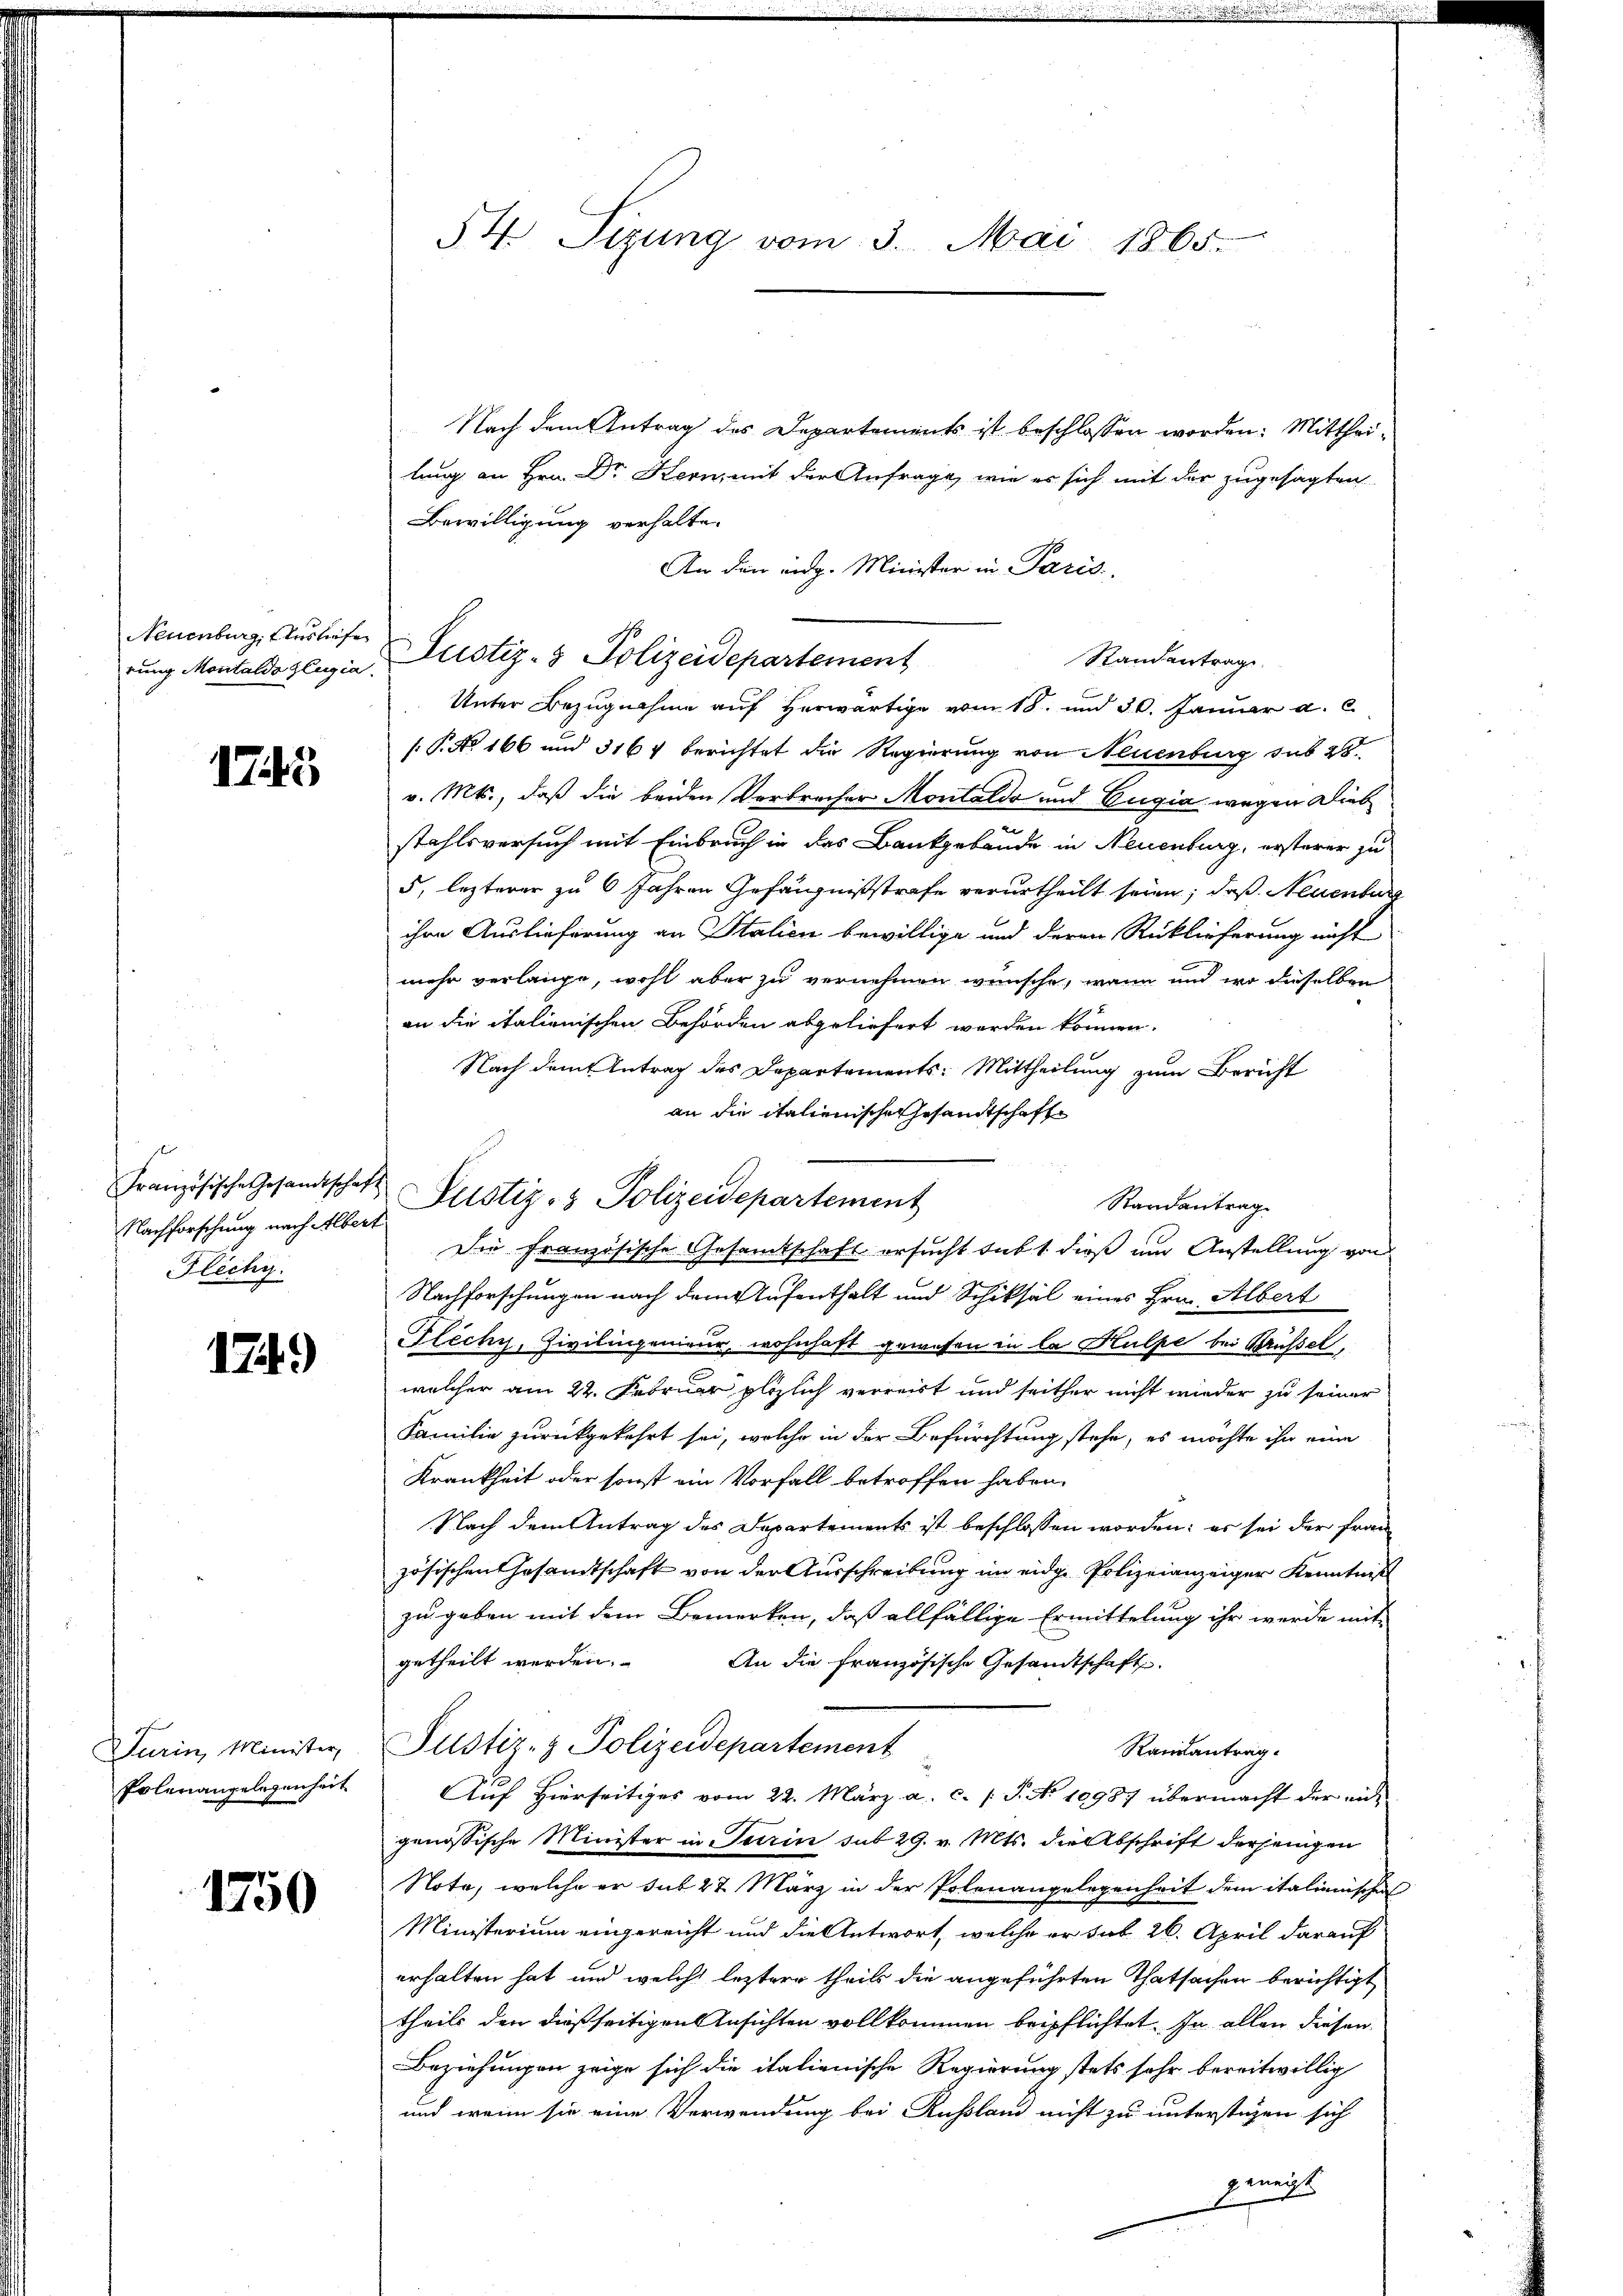
Neuenburg, Ausliefe

1745

Nachforschung nach Albert
Hichy.

174.)

Turin, Minister,
Polenangelegenheit

1750

54. Sizung vom 3. Mai 1865.

Nach dem Antrag des Departements ist beschlossen worden: Mittheilang an Hrn. Dr Kern, mit der Anfrage, wie er sich mit der zugesagten
Bewilligung verhalte.
An den eidg. Minister in Paris
Randantrag
Unter Bezugnahme auf herwärtige vom 18. und 30. Januar a. c.
.P. Nr. 166 und 3164 berichtet die Regierung von Neuenburg sub 28
v. Mts., daß die beiden Verbrecher Montaldo und Eugia wegen Dieb
stahlsversuch mit Einbruch in das Bankgebäude in Neuenburg, ersterer zu
5, lezterer zu 6 Jahren Gefängnißstrafe verurtheilt seien; daß Neuenburg
ihre Auslieferung an Stalien bewillige und deren Rücklieferung nicht
mehr verlange, wohl aber zu vernehmen wünsche, wenn und wo dieselben
an die italienischen Behörden abgeliefert werden können.
Nach dem Antrag des Departements: Mittheilung zum Bericht
an die italienische Gesandtschaft
Die Französische Gesamtschaft ersucht subt dieß um Anstellung von
Nachforschungen nach dem Aufenthalt und Schiksal eines Hrn. Albert
Flechy, Zivilingenieur, wohnhaft gewesen in la Hulpe bei Brüssel,
welcher am 22. Februar plözlich verreist und seither nicht wieder zu seiner
Familie zurückgekehrt sei, welche in der Befürchtung stehe, es möchte ihn eine
Krankheit oder sonst ein Vorfall betroffen haben.
Nach dem Antrag des Departements ist beschlossen worden; es sei der Frau
zösischen Gesandtschaft von der Aŭsschreibŭng im eidge Polizeianzeiger Kenntniß
zu geben mit dem Bemerken, daß allfällige Ermittelung ihr werde mit
getheilt werden.
An die französische Gesandtschaft.
Justiz- & Polizeidepartement
Raisantrag.
Auf Hierseitiges vom 22. März a. c. (T. No 1098. übermacht der eingenössische Minister in Turin sub 29. v. Mts. die Abschrift derjenigen
Note, welche er sub 27. März in der Polenangelegenheit dem italienische
Ministerium eingereicht und die Antwort, welche er sub 26. April darauf
erhalten hat, und welche leztere theils die angeführten Thatsachen berichtigt
theils den dießseitigen Ansichten vollkommen beipflichtet. In allen diesen
Beziehungen zeige sich die italienische Regierung stets sehr bereitwillig
und wenn sie eine Verwendung bei Kußland nicht zu unterstigen sich
gmecht

rung Montaldo legia, Justiz- & Polizeidepartement

Französische Gesandtschaft Pustiz- & Polizeidepartement

Randantrag